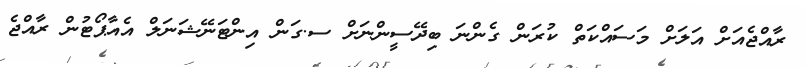
ރާއްޖެއަށް އަލަށް މަސައްކަތް ކުރަން ގެންނަ ބިދޭސީންނަށް ސ.ގަން އިންޓަނޭޝަނަލް އެއާޕޯޓުން ރާއްޖެ